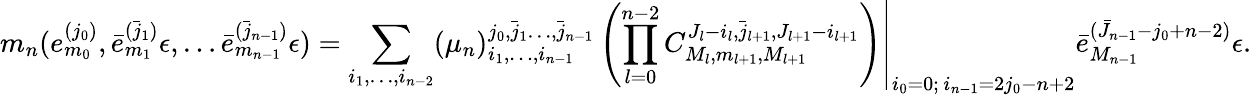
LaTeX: m_{n}(e_{m_{0}}^{(j_{0})},\bar{e}_{m_{1}}^{(\bar{j}_{1})}\epsilon,\dots\bar{e}_{m_{n-1}}^{(\bar{j}_{n-1})}\epsilon)=\left.\sum_{i_{1},\dots,i_{n-2}}(\mu_{n})_{i_{1},\dots,i_{n-1}}^{j_{0},\bar{j}_{1}\dots,\bar{j}_{n-1}}\left(\prod_{l=0}^{n-2}C_{M_{l},m_{l+1},M_{l+1}}^{J_{l}-i_{l},\bar{j}_{l+1},J_{l+1}-i_{l+1}}\right)\right|_{\substack{i_{0}=0;\, i_{n-1}=2j_{0}-n+2}}\bar{e}_{M_{n-1}}^{(\bar{J}_{n-1}-j_{0}+n-2)}\epsilon.